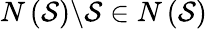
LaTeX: N\left({\mathcal{S}}\right)\backslash{\mathcal{S}}\in N\left({\mathcal{S}}\right)